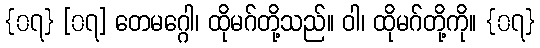
{၀၇} [၀၇] တေမဂ္ဂေါ၊ ထိုမဂ်တို့သည်။ ဝါ၊ ထိုမဂ်တို့ကို။ {၀၇}